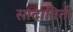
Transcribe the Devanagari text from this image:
सादाविती